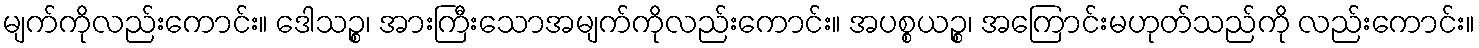
မျက်ကိုလည်းကောင်း။ ဒေါသဉ္စ၊ အားကြီးသောအမျက်ကိုလည်းကောင်း။ အပစ္စယဉ္စ၊ အကြောင်းမဟုတ်သည်ကို လည်းကောင်း။